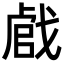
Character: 𢧝